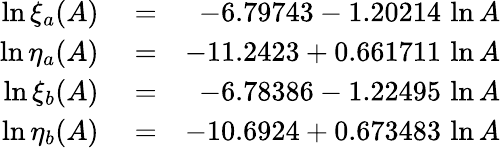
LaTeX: \begin{array}{rlr}{\ln\xi_{a}(A)}&{{}=}&{-6.79743-1.20214\, \ln A}\\ {\ln\eta_{a}(A)}&{{}=}&{-11.2423+0.661711\, \ln A}\\ {\ln\xi_{b}(A)}&{{}=}&{-6.78386-1.22495\, \ln A}\\ {\ln\eta_{b}(A)}&{{}=}&{-10.6924+0.673483\, \ln A}\end{array}